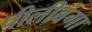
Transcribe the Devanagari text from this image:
पीलीबंगा